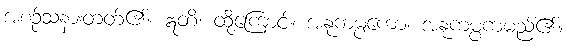
အစဉ်သနားတတ်၏။ ဣတိ၊ ထို့ကြောင့်။ အနုကမ္ပကော၊ အနုကမ္ပကမည်၏။